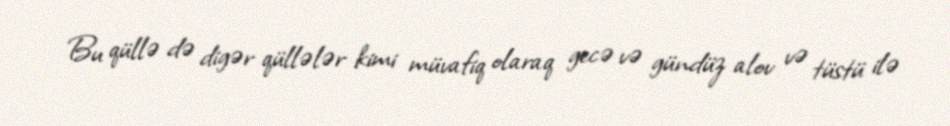
Bu qüllə də digər qüllələr kimi müvafiq olaraq gecə və gündüz alov və tüstü ilə